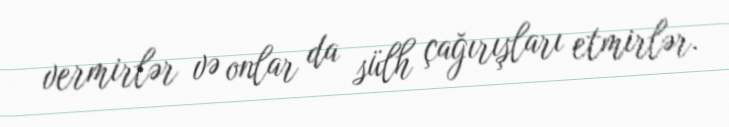
vermirlər və onlar da sülh çağırışları etmirlər.